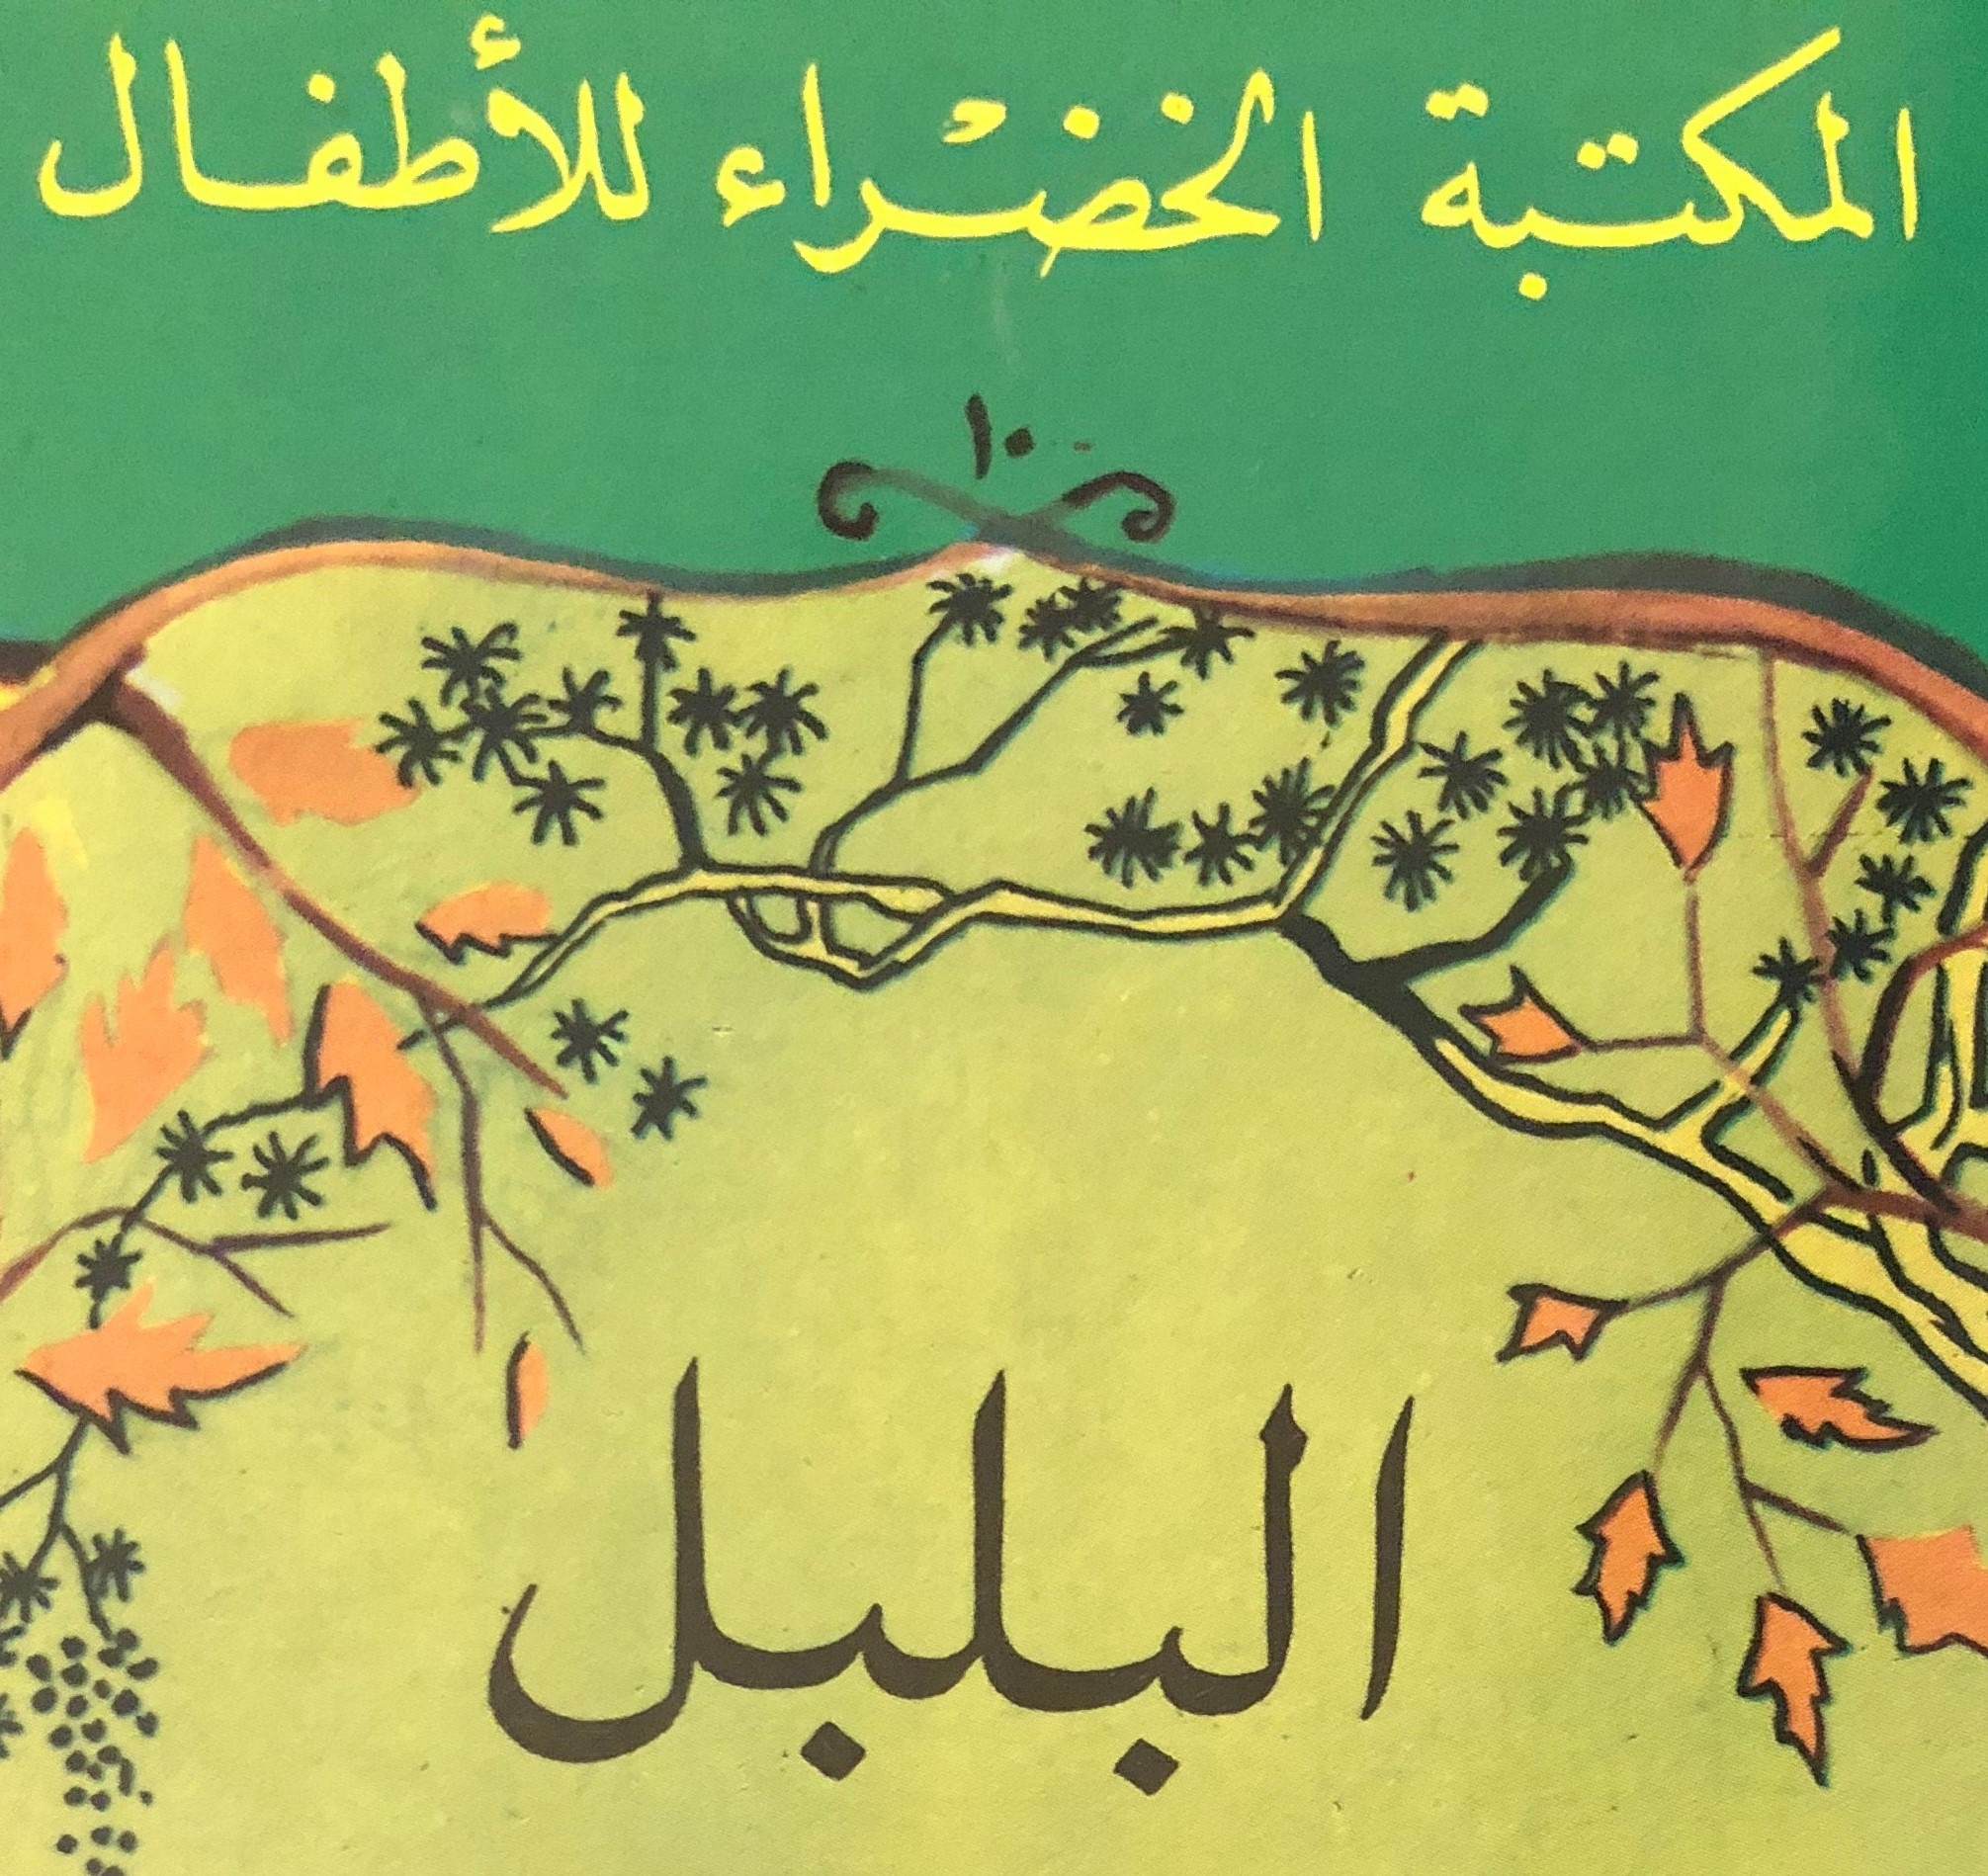
Text in image: للأطفال المكتبة الخضراء البلبل